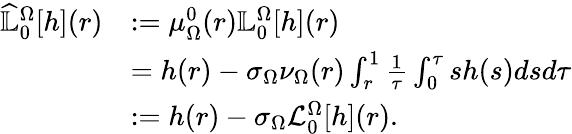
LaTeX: \begin{array}{rl}{\widehat{\mathbb{L}}_{0}^{\Omega}[h](r)}&{:=\mu_{\Omega}^{0}(r)\mathbb{L}_{0}^{\Omega}[h](r)}\\ &{={h(r)}-\sigma_{\Omega}{\nu_{\Omega}(r)}\int_{r}^{1}\frac{1}{\tau}\int_{0}^{\tau}sh(s)dsd\tau}\\ &{:={h(r)}-\sigma_{\Omega}\mathcal{L}_{0}^{\Omega}[h](r).}\end{array}